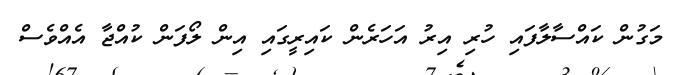
މަގުން ކައްސާލާފައި ހުރި އިރު އަހަރެން ކައިރީގައި އިން ލޯފަން ކުއްޖާ އެއްވެސް